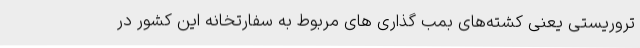
تروریستی یعنی کشته‌های بمب گذاری های مربوط به سفارتخانه این کشور در